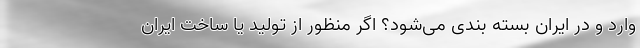
وارد و در ایران بسته بندی می‌شود؟ اگر منظور از تولید یا ساخت ایران